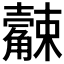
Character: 𧥆